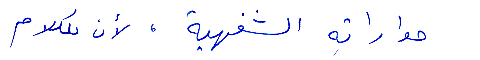
حواراته الشفهية، لأن للكلام